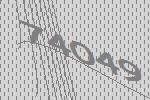
74049